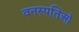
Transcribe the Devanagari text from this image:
वनस्पतिओं